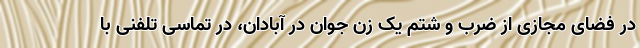
در فضای مجازی از ضرب و شتم یک زن جوان در آبادان، در تماسی تلفنی ‌با